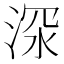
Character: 𱦴